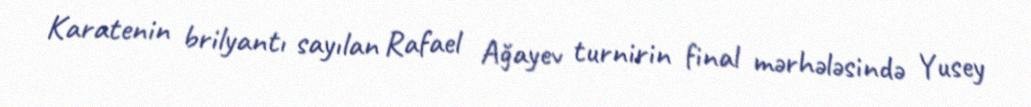
Karatenin brilyantı sayılan Rafael Ağayev turnirin final mərhələsində Yusey